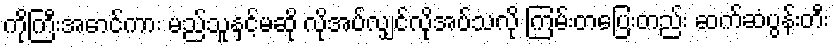
ကိုကြီးအောင်ကား မည်သူနှင့်မဆို လိုအပ်လျှင်လိုအပ်သလို ကြမ်းတပြေးတည်း ဆက်ဆံပွန်းတီး